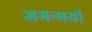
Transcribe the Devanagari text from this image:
जगन्मयी